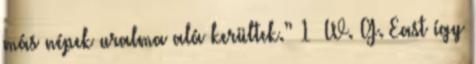
más népek uralma alá kerültek.” 1 W. G. East így